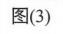
图(3)